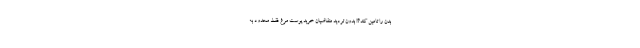
بدن را تامین کند؟! بدون تردید متقاضیان خرید پوست مرغ فقط محدود به